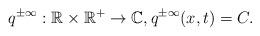
LaTeX: \begin{align*} q^{\pm\infty}:\mathbb{R}\times\mathbb{R}^{+}\rightarrow \mathbb{C}, q^{\pm\infty}(x,t)=C.\end{align*}